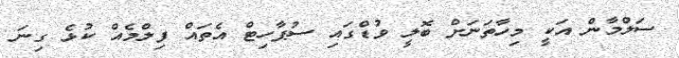
ސަލްމާން އަކީ މިހާތަނަށް ބޮލީ ވުޑްގައި ސުޕާހިޓް އެތައް ފިލްމެއް ކުޅެ ގިނަ